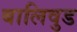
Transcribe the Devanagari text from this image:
बालिवुड